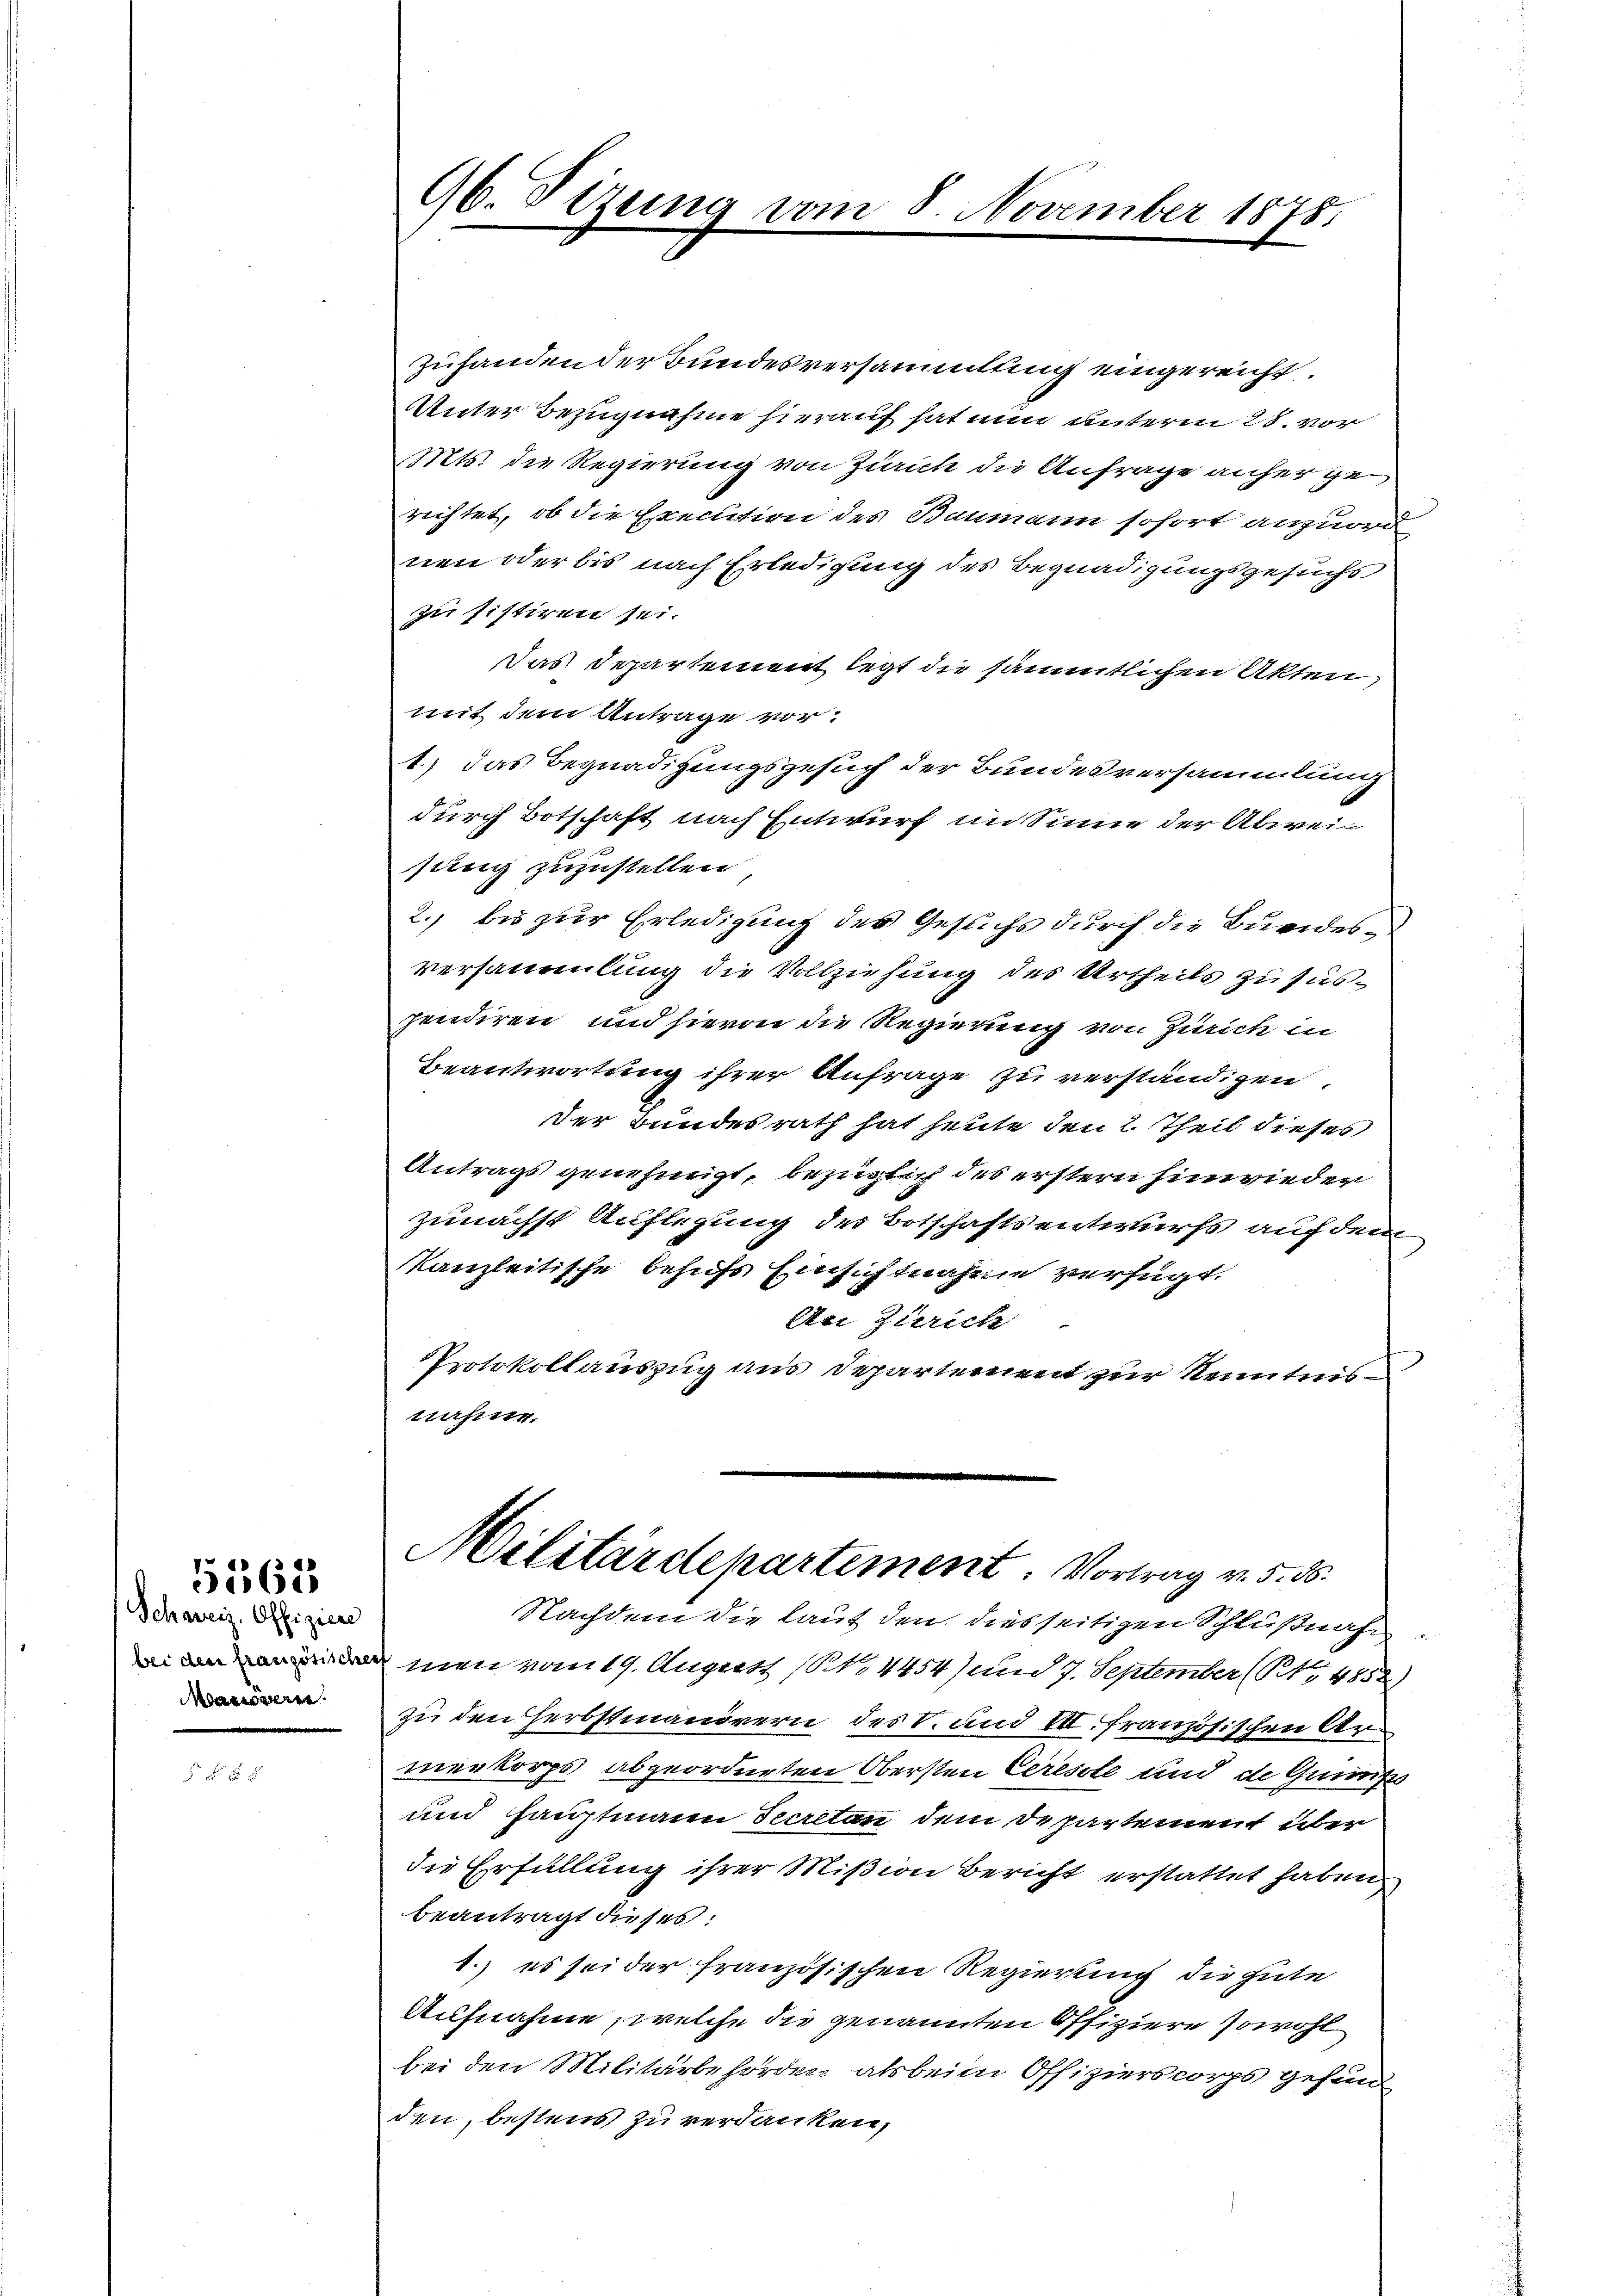
Schweiz. Offiziere
Marianne

5565

96. Sizung vom 8. November 1878.

zuhanden der Bundesversammlung eingereicht.
Unter Bezugnahme hierauf hat nun unterm 28. vor
Mts. die Regierung von Zürich die Anfrage anher ge
richtet, ob die Execution des Baumann sofort anzuord
nen oder bis nach Erledigung des Begnadigungsgesuchs
zu sistiren sei.
Das Departement legt die sämmtlichen Akten,
mit dem Antrage vor.
1.) Das Begnadigungsgesuch der Bundesversammlung
durch Botschaft nach Entwurf im Sinne der Abweisung zuzustellen
2. bis zur Erledigung des Gesuchs durch die Bundesversammlung die Vollziehung des Urtheils zu suspendiren und hievon die Regierung von Zürich in
Beantwortung ihrer Anfrage zu verständigen.
Der Bundesrath hat heute den 2. Theil dieses
Antrags genehmigt, bezüglich des erstern hinwieder
zunächst Auflegung des Botschaftsentwurfs auf dem
Kanzleitische behufs Einsichtnahme verfügt.
An Zürich
Protokollauszug aus Departement zur Kenntnis
trahen.

Militärdepartement. Vortrag v. 5. ds.

Nachdem die laut den dies seitigen Schlußnahm.
men vom 19. August (N. 4454) und 7. September (S. 4852)
zu den Herbstmanörern des 8. und III. französischen Ar
menkorps abgeordneten Obersten Ceresste und die Quis
und hauptmann Secretan dem Departement über
die Erfüllung ihrer Mißion Bericht erstattet haben
beantragt dieses:
1.) es sei der französischen Regierung die gute
Aufnahme, welche die genannten Offiziere sowohl
bei den Militärbehörden als beim Offizierscorps gesind
den, bestens zu verdanken,